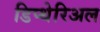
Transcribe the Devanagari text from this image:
डिप्थेरिअल